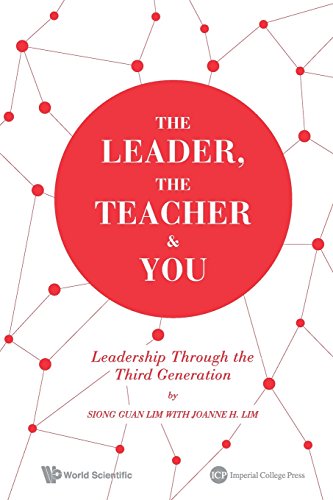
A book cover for The Leader, the Teacher & You : Leadership through the Third Generation; Siong Guan Lim; Business & Money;